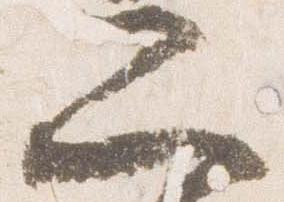
二